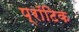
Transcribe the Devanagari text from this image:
प्रॉटिक